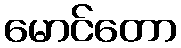
မောင်တော